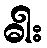
ဓါး